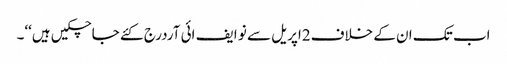
اب تک ان کے خلاف2اپریل سے نو ایف ائی آردرج کئے جاچکیں ہیں‘‘۔